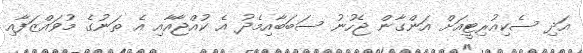
އަދި ސެކިއުރިޓީއަށް އަންގާން ޖެހުނު ސަބަބާއިމެދު އެ ކުއްޖާއާއި އެ ތަނުގެ މުވައްޒަފާއި